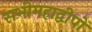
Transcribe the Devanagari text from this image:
सभीमहाद्वीपों